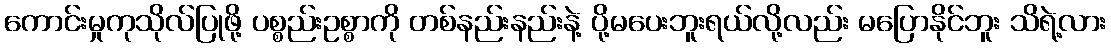
ကောင်းမှုကုသိုလ်ပြုဖို့ ပစ္စည်းဥစ္စာကို တစ်နည်းနည်းနဲ့ ပို့မပေးဘူးရယ်လို့လည်း မပြောနိုင်ဘူး သိရဲ့လား